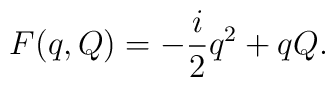
F(q,Q)=-{i\over 2} q^2 + qQ.